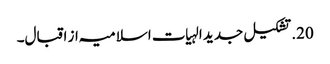
20. تشکیل جدید الہیات اسلامیہ از اقبال۔